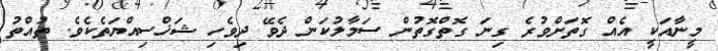
މީނާއަކީ އެއް ގޮތަށްވުރެ ގިނަ ގޮތްގޮތުން ސަމާލުކަން ދެވޭ ދިވެހި ޝަޚްސިއްޔަތެކެވެ. ތުއްތު